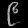
Digit: ၉